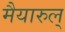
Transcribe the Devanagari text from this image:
मैयारुल्